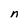
Character: n